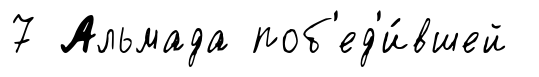
7 Альмада поб'ед'и́вшей